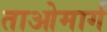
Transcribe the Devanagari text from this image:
ताओमार्ग